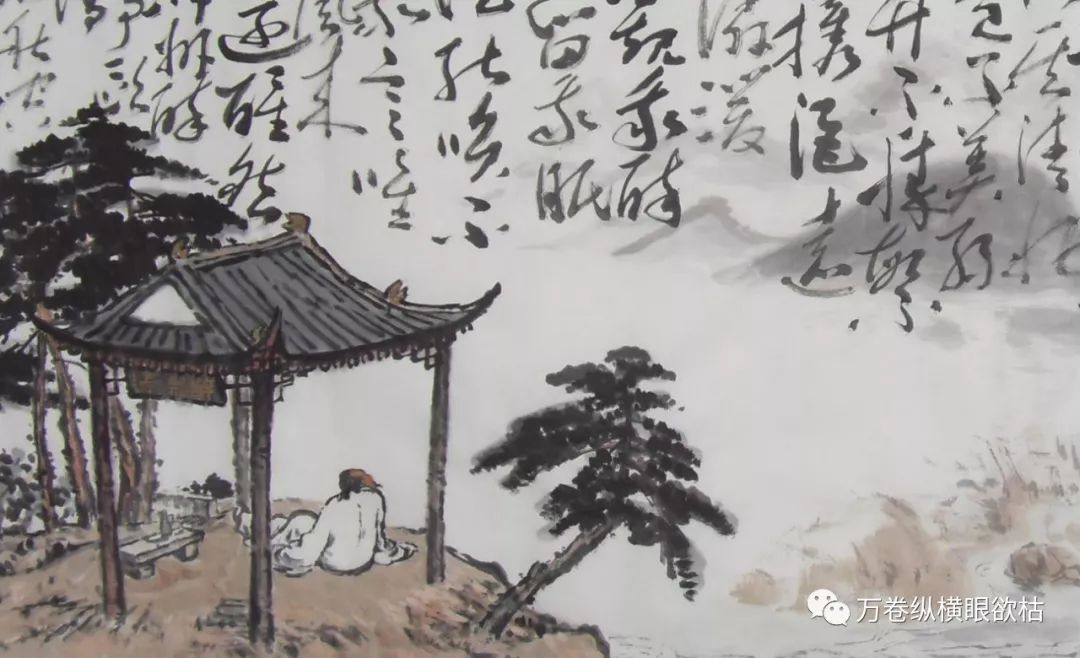
先天下之忧而忧，后天下之乐而乐